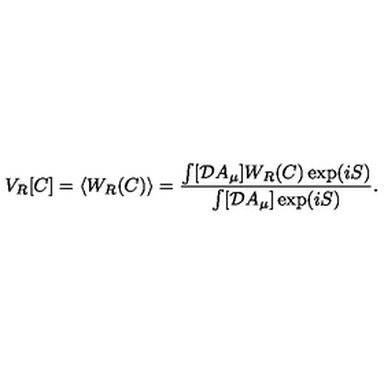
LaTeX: V _ { R } [ C ] = \langle W _ { R } ( C ) \rangle = { \frac { \int [ { \cal D } A _ { \mu } ] W _ { R } ( C ) \exp ( i S ) } { \int [ { \cal D } A _ { \mu } ] \exp ( i S ) } } .